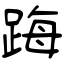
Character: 踇